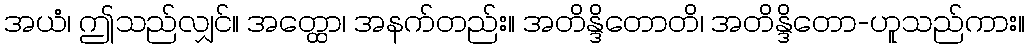
အယံ၊ ဤသည်လျှင်။ အတ္ထော၊ အနက်တည်း။ အတိန္ဒိတောတိ၊ အတိန္ဒိတော-ဟူသည်ကား။